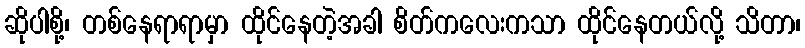
ဆိုပါစို့၊ တစ်နေရာရာမှာ ထိုင်နေတဲ့အခါ စိတ်ကလေးကသာ ထိုင်နေတယ်လို့ သိတာ၊